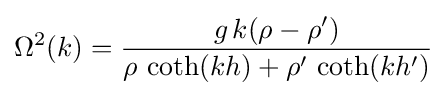
\Omega ^{2}(k)={\frac {g\,k(\rho -\rho ')}{\rho \,\coth(kh)+\rho '\,\coth(kh')}}